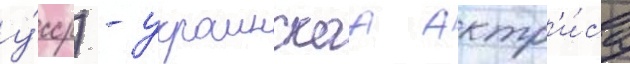
у́сср) - украинскаа актр'и́са